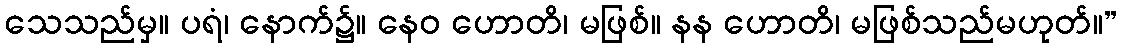
သေသည်မှ။ ပရံ၊ နောက်၌။ နေဝ ဟောတိ၊ မဖြစ်။ နန ဟောတိ၊ မဖြစ်သည်မဟုတ်။”